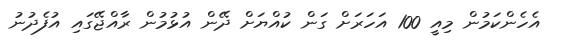
އެހެންކަމުން މިއީ 100 އަހަރަށް ގަން ކުއްޔަށް ދޭން އުޅުމުން ރާއްޖޭގައި އުފެދުނު